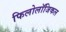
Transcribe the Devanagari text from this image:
फिलोलॉजिकल